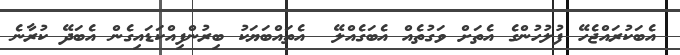
އެބަކުރައްޖެހޭ ފުލުހުންގެ އެތަށް ވަގުތެއް އެބަގެއްލޭ  އެތައްބަޔަކު ބިރުންފިއްކަޑައިގެން އެބަދޭ ކުރާނެ